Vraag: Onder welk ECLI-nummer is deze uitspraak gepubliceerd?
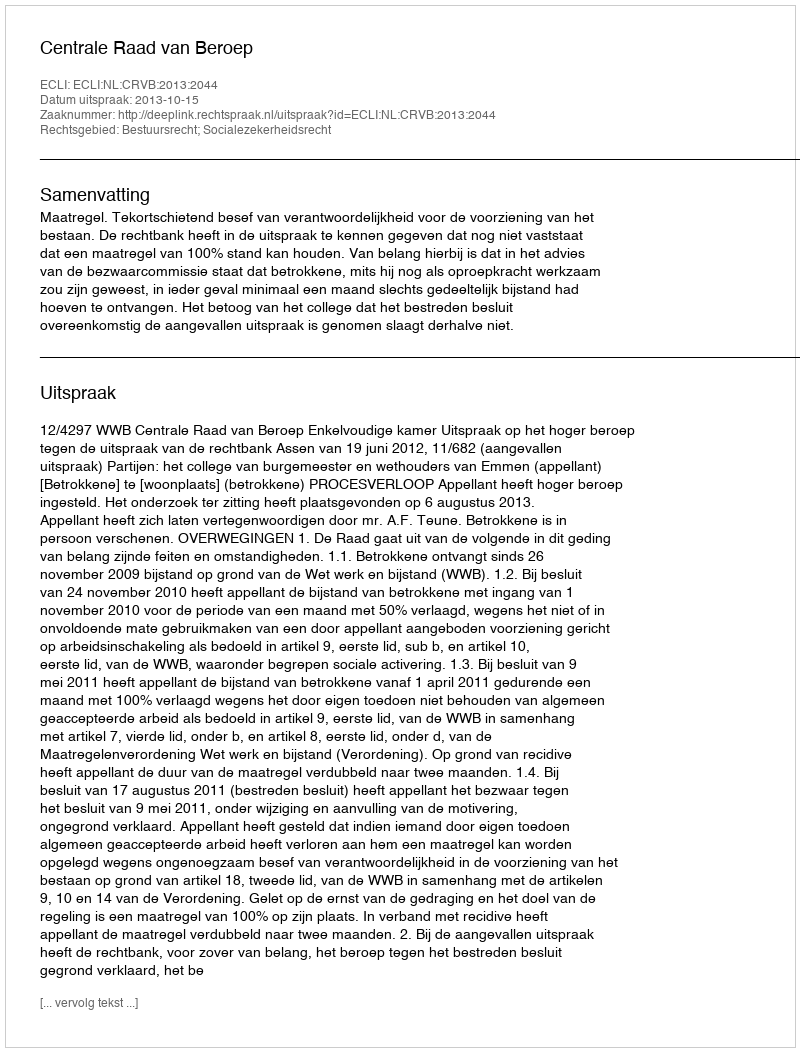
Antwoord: ECLI:NL:CRVB:2013:2044